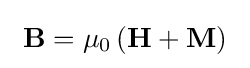
\ \mathbf {B} =\mu _{0}\left(\mathbf {H} +\mathbf {M} \right)\